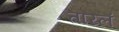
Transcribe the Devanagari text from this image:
तारलं